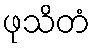
ဖုသိတံ